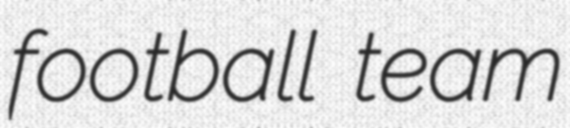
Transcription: football team